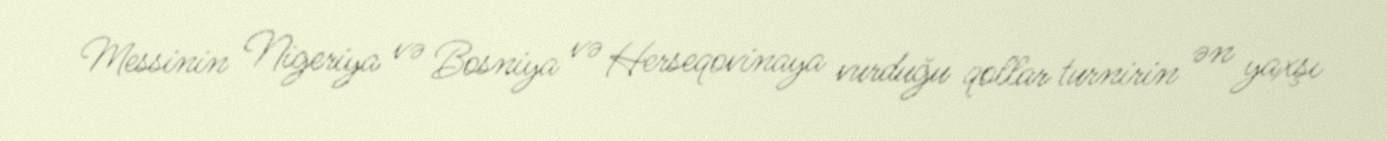
Messinin Nigeriya və Bosniya və Herseqovinaya vurduğu qollar turnirin ən yaxşı